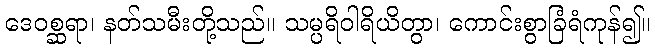
ဒေဝစ္ဆရာ၊ နတ်သမီးတို့သည်။ သမ္ပရိဝါရိယိတွာ၊ ကောင်းစွာခြံရံကုန်၍။